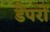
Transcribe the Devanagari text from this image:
डैंपरों